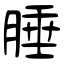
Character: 腄